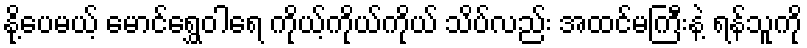
နို့ပေမယ့် မောင်ရွှေဝါရေ ကိုယ့်ကိုယ်ကိုယ် သိပ်လည်း အထင်မကြီးနဲ့ ရန်သူကို